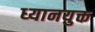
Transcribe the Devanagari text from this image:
ध्‍यानयुक्त